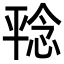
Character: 𪪆